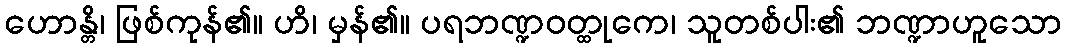
ဟောန္တိ၊ ဖြစ်ကုန်၏။ ဟိ၊ မှန်၏။ ပရဘဏ္ဍဝတ္ထုကေ၊ သူတစ်ပါး၏ ဘဏ္ဍာဟူသော